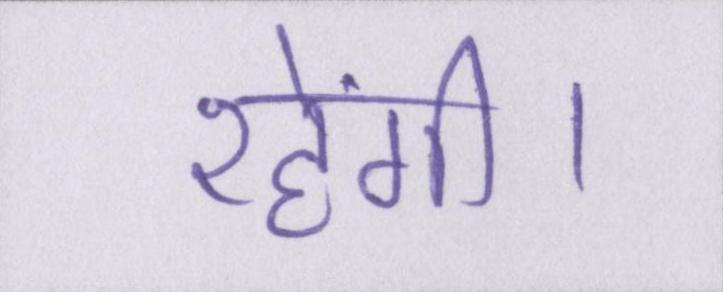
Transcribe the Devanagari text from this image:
रहेंगी।